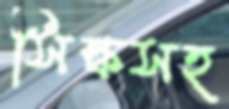
সিল্কসহ